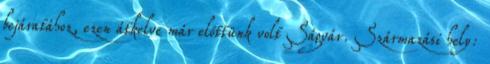
bejáratához, ezen átkelve már előttünk volt Ságvár. Származási hely: